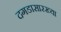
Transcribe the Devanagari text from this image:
दगडासारख्या